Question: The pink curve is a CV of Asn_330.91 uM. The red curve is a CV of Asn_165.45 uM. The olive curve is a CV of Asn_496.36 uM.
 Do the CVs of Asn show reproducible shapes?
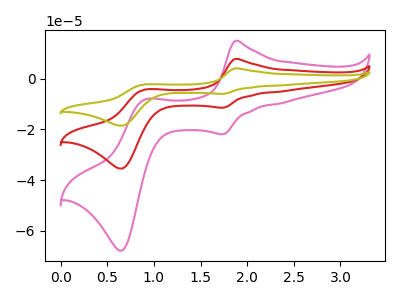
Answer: <think>The pink curve "Asn_330.91 uM" has anodic peaks at (1.85V, 14.95uA) (0.90V, -8.15uA) and cathodic peaks at (1.75V, -21.90uA) (0.65V, -67.85uA). The red curve "Asn_165.45 uM" has anodic peaks at (1.85V, 7.80uA) (0.90V, -4.25uA) and cathodic peaks at (1.75V, -11.45uA) (0.65V, -35.45uA). The olive curve "Asn_496.36 uM" has anodic peaks at (1.85V, 15.65uA) (0.90V, -8.55uA) and cathodic peaks at (1.75V, -22.90uA) (0.65V, -70.95uA).
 All the peaks in "Asn_330.91 uM" have a peak in "Asn_165.45 uM" at the same potential. All the peaks in "Asn_330.91 uM" have a peak in "Asn_496.36 uM" at the same potential. All the peaks in "Asn_165.45 uM" have a peak in "Asn_496.36 uM" at the same potential.</think>
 <answer>All the CV's of "Asn" have similar shape.</answer>
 <eval>follow_rule</eval>